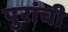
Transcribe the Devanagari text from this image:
पुरांची